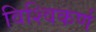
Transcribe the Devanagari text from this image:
विश्विकर्ण